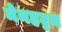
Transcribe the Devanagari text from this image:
मेनहट्टम